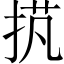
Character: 𢭾